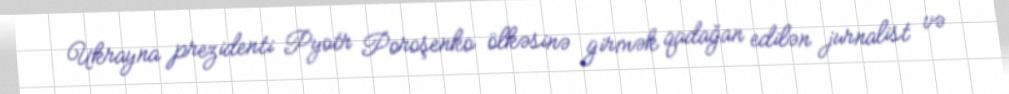
Ukrayna prezidenti Pyotr Poroşenko ölkəsinə girmək qadağan edilən jurnalist və